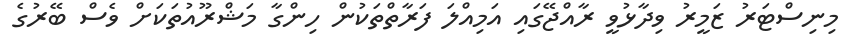
މިނިސްޓަރު ޒަމީރު ވިދާޅުވީ ރާއްޖޭގައި އަމިއްލަ ފަރާތްތަކުން ހިންގާ މަޝްރޫއުތަކަށް ވެސް ބޭރުގެ